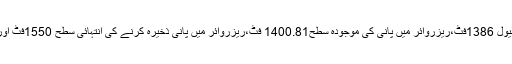
ریزروائرز تربیلا،ریزروائر کا کم از کم آپریٹنگ لیول 1386فٹ،ریزروائر میں پانی کی موجودہ سطح1400.81 فٹ،ریزروائر میں پانی ذخیرہ کرنے کی انتہائی سطح 1550فٹ اورقابلِ استعمال پانی کا ذخیرہ0.163 ملین ایکڑ فٹ۔